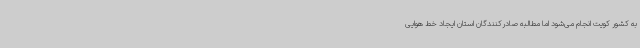
به کشور کویت انجام می‌شود اما مطالبه صادرکنندگان استان ایجاد خط هوایی